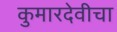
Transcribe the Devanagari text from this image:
कुमारदेवीचा